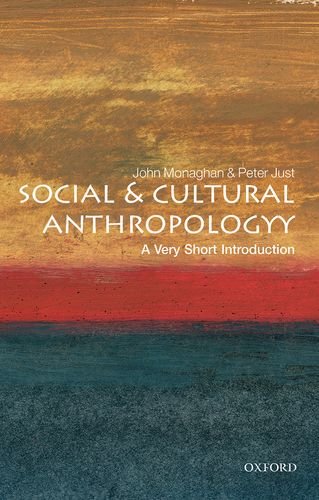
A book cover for Social and Cultural Anthropology: A Very Short Introduction; Peter Just; Science & Math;